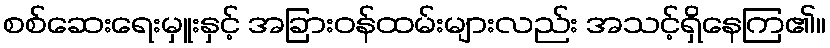
စစ်ဆေးရေးမှူးနှင့် အခြားဝန်ထမ်းများလည်း အသင့်ရှိနေကြ၏။